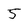
Character: 5